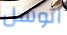
اتوسل